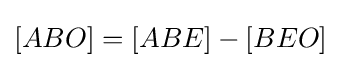
[ABO]=[ABE]-[BEO]